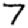
Digit: 7